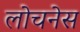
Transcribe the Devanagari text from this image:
लोचनेस